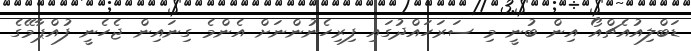
ޑަބްލިއުއެޗްއޯ އިން ބުނީ މި ސަރަހައްދުގައި ފިރިހެނުންނަށް އެންމެ ގިނައިން ޖެހެނީ ފުއްޕާމޭގެ